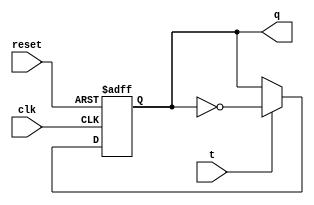
module t_flip_flop (
    input wire clk,
    input wire reset,
    input wire t,
    output reg q
);

// Default state
initial begin
    q = 0;
end

always @(posedge clk or posedge reset) begin
    if (reset) begin
        q <= 0; // reset to default state
    end else begin
        if (t) begin
            q <= ~q; // toggle state if T input is high
        end
    end
end

endmodule